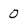
Character: 0